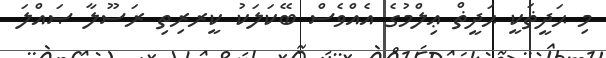
މި ޙަދީޡަކީ ޙަދީޡް ޢިލްމުގެ އެއްވެސް ބޭކަލަކު ކީރރިތި ރަސޫލާ ޞައްލަ